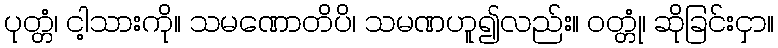
ပုတ္တံ၊ ငါ့သားကို။ သမဏောတိပိ၊ သမဏဟူ၍လည်း။ ဝတ္တုံ၊ ဆိုခြင်းငှာ။